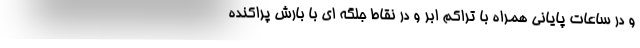
و در ساعات پایانی همراه با تراکم ابر و در نقاط جلگه ای با بارش پراکنده